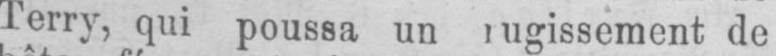
de